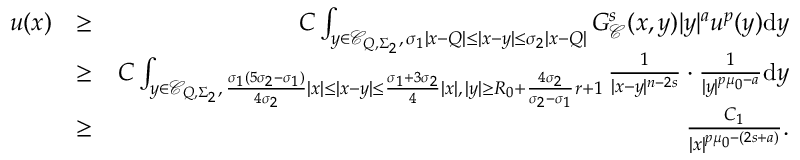
\begin{array} { r l r } { u ( x ) } & { \geq } & { C \int _ { y \in \mathcal C _ { Q , \Sigma _ { 2 } } , \, \sigma _ { 1 } | x - Q | \leq | x - y | \leq \sigma _ { 2 } | x - Q | } G _ { \mathcal { C } } ^ { s } ( x , y ) | y | ^ { a } u ^ { p } ( y ) \mathrm { d } y } \\ & { \geq } & { C \int _ { y \in \mathcal C _ { Q , \Sigma _ { 2 } } , \, \frac { \sigma _ { 1 } ( 5 \sigma _ { 2 } - \sigma _ { 1 } ) } { 4 \sigma _ { 2 } } | x | \leq | x - y | \leq \frac { \sigma _ { 1 } + 3 \sigma _ { 2 } } { 4 } | x | , \, | y | \geq R _ { 0 } + \frac { 4 \sigma _ { 2 } } { \sigma _ { 2 } - \sigma _ { 1 } } r + 1 } \frac { 1 } { | x - y | ^ { n - 2 s } } \cdot \frac { 1 } { | y | ^ { p \mu _ { 0 } - a } } \mathrm { d } y } \\ & { \geq } & { \frac { C _ { 1 } } { | x | ^ { p \mu _ { 0 } - ( 2 s + a ) } } . } \end{array}